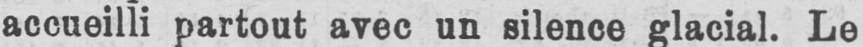
accueilli partout avec un silence glacial. Le